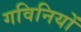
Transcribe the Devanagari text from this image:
गविनियों